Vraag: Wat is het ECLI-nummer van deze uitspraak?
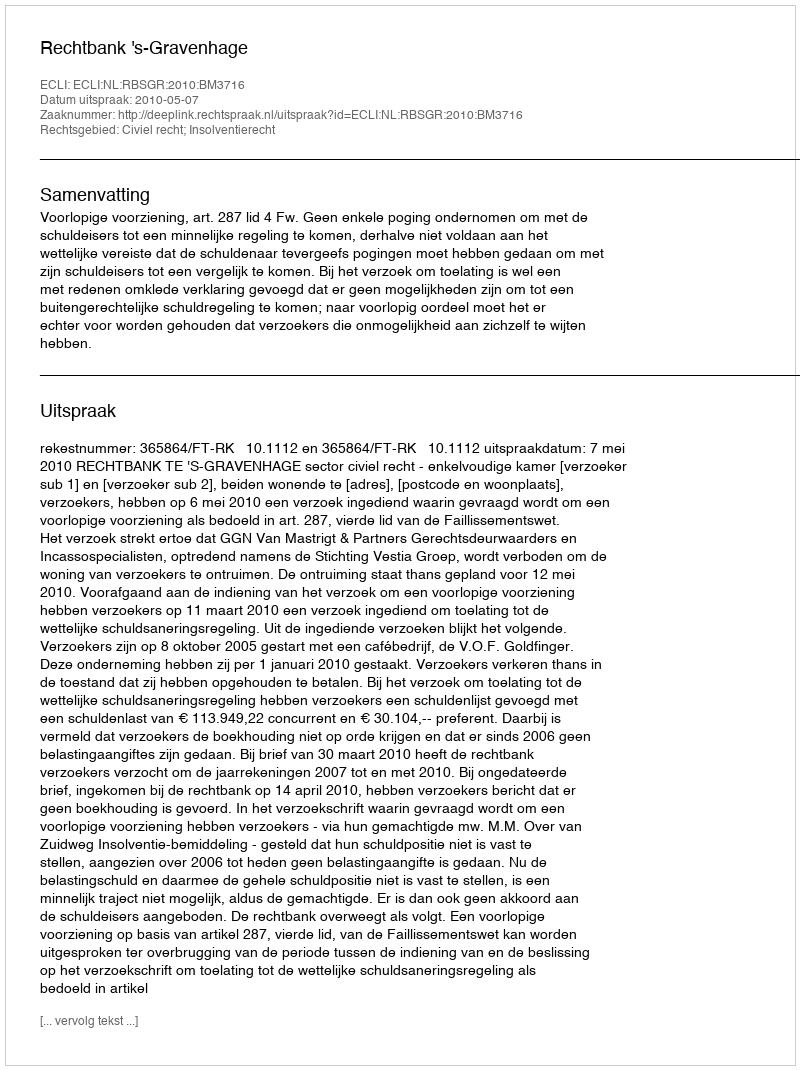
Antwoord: ECLI:NL:RBSGR:2010:BM3716